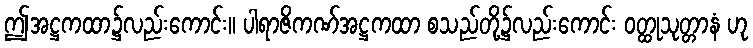
ဤအဋ္ဌကထာ၌လည်းကောင်း။ ပါရာဇိကဏ်အဋ္ဌကထာ စသည်တို့၌လည်းကောင်း ဝတ္ထုသုတ္တာနံ ဟု